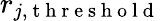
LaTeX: r_{j,\mathrm{~t~h~r~e~s~h~o~l~d~}}